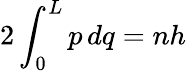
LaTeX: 2\int_{0}^{L}p\, dq=nh